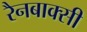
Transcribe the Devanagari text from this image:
रैनबाक्सी